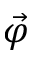
\vec { \varphi }